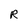
Character: R